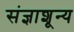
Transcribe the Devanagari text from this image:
संज्ञाशून्य